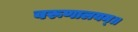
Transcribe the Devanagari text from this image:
वरूणालयम्॥